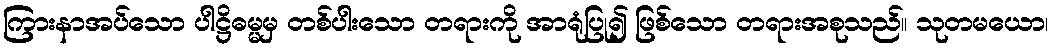
ကြားနာအပ်သော ပါဋ္ဌိဓမ္မမှ တစ်ပါးသော တရားကို အာရုံပြု၍ ဖြစ်သော တရားအစုသည်။ သုတမယော၊